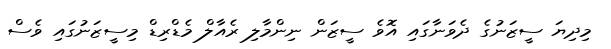
މިދިޔަ ސީޒަނުގެ ދެވަނާގައި އޮވެ ސީޒަން ނިންމާލި ރެއާލް މެޑްރިޑް މިސީޒަނުގައި ވެސް